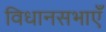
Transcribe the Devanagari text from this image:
विधानसभाएँ